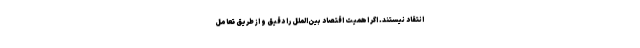
انتقاد نیستند. اگر اهمیتِ اقتصاد بین­الملل را دقیق و از طریق تعامل